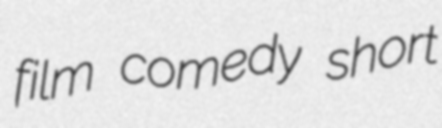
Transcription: film comedy short